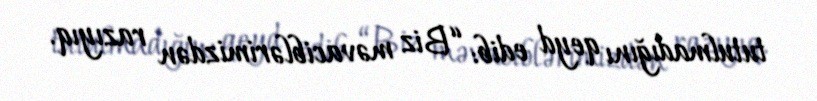
tutulmadığını qeyd edib: “Biz məvaciblərimizdən razıyıq.